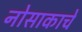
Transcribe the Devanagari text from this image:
नोसाकाचे